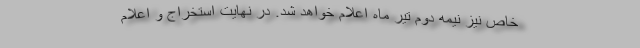
خاص نیز نیمه دوم تیر ماه اعلام خواهد شد. در نهایت استخراج و اعلام